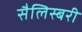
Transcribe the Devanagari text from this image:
सैलिस्बरी